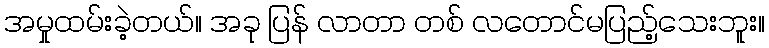
အမှုထမ်းခဲ့တယ်။ အခု ပြန် လာတာ တစ် လတောင်မပြည့်သေးဘူး။